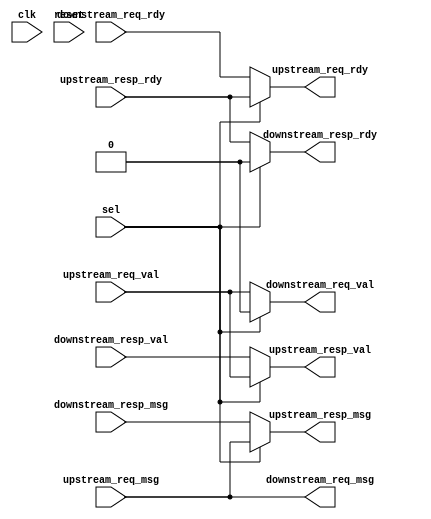
module SPI_v3_components_LoopThroughVRTL (
	clk,
	reset,
	sel,
	upstream_req_val,
	upstream_req_msg,
	upstream_req_rdy,
	upstream_resp_val,
	upstream_resp_msg,
	upstream_resp_rdy,
	downstream_req_val,
	downstream_req_msg,
	downstream_req_rdy,
	downstream_resp_val,
	downstream_resp_msg,
	downstream_resp_rdy
);
	parameter nbits = 32;
	input wire clk;
	input wire reset;
	input wire sel;
	input wire upstream_req_val;
	input wire [nbits - 1:0] upstream_req_msg;
	output wire upstream_req_rdy;
	output wire upstream_resp_val;
	output wire [nbits - 1:0] upstream_resp_msg;
	input wire upstream_resp_rdy;
	output wire downstream_req_val;
	output wire [nbits - 1:0] downstream_req_msg;
	input wire downstream_req_rdy;
	input wire downstream_resp_val;
	input wire [nbits - 1:0] downstream_resp_msg;
	output wire downstream_resp_rdy;
	assign upstream_resp_val = (sel ? upstream_req_val : downstream_resp_val);
	assign upstream_resp_msg = (sel ? upstream_req_msg : downstream_resp_msg);
	assign downstream_req_val = (sel ? 0 : upstream_req_val);
	assign downstream_req_msg = upstream_req_msg;
	assign upstream_req_rdy = (sel ? upstream_resp_rdy : downstream_req_rdy);
	assign downstream_resp_rdy = (sel ? 0 : upstream_resp_rdy);
endmodule
module ShiftReg (
	clk,
	in_,
	load_data,
	load_en,
	out,
	reset,
	shift_en
);
	parameter nbits = 8;
	input wire clk;
	input wire in_;
	input wire [nbits - 1:0] load_data;
	input wire load_en;
	output reg [nbits - 1:0] out;
	input wire reset;
	input wire shift_en;
	always @(posedge clk)
		if (reset)
			out <= {nbits {1'b0}};
		else if (load_en)
			out <= load_data;
		else if (~load_en & shift_en)
			out <= {out[nbits - 2:0], in_};
endmodule
module Synchronizer (
	clk,
	in_,
	negedge_,
	out,
	posedge_,
	reset
);
	parameter reset_value = 1'b0;
	input wire clk;
	input wire in_;
	output reg negedge_;
	output wire out;
	output reg posedge_;
	input wire reset;
	reg [2:0] shreg;
	always @(*) begin
		negedge_ = shreg[2] & ~shreg[1];
		posedge_ = ~shreg[2] & shreg[1];
	end
	always @(posedge clk)
		if (reset)
			shreg <= {3 {reset_value}};
		else
			shreg <= {shreg[1:0], in_};
	assign out = shreg[1];
endmodule
module SPI_v3_components_SPIMinionVRTL (
	clk,
	cs,
	miso,
	mosi,
	reset,
	sclk,
	pull_en,
	pull_msg,
	push_en,
	push_msg,
	parity
);
	parameter nbits = 8;
	input wire clk;
	input wire cs;
	output wire miso;
	input wire mosi;
	input wire reset;
	input wire sclk;
	output wire pull_en;
	input wire [nbits - 1:0] pull_msg;
	output wire push_en;
	output wire [nbits - 1:0] push_msg;
	output wire parity;
	wire cs_sync_clk;
	wire cs_sync_in_;
	wire cs_sync_negedge_;
	wire cs_sync_out;
	wire cs_sync_posedge_;
	wire cs_sync_reset;
	Synchronizer #(.reset_value(1'b1)) cs_sync(
		.clk(cs_sync_clk),
		.in_(cs_sync_in_),
		.negedge_(cs_sync_negedge_),
		.out(cs_sync_out),
		.posedge_(cs_sync_posedge_),
		.reset(cs_sync_reset)
	);
	wire mosi_sync_clk;
	wire mosi_sync_in_;
	wire mosi_sync_negedge_;
	wire mosi_sync_out;
	wire mosi_sync_posedge_;
	wire mosi_sync_reset;
	Synchronizer #(.reset_value(1'b0)) mosi_sync(
		.clk(mosi_sync_clk),
		.in_(mosi_sync_in_),
		.negedge_(mosi_sync_negedge_),
		.out(mosi_sync_out),
		.posedge_(mosi_sync_posedge_),
		.reset(mosi_sync_reset)
	);
	wire sclk_sync_clk;
	wire sclk_sync_in_;
	wire sclk_sync_negedge_;
	wire sclk_sync_out;
	wire sclk_sync_posedge_;
	wire sclk_sync_reset;
	Synchronizer #(.reset_value(1'b0)) sclk_sync(
		.clk(sclk_sync_clk),
		.in_(sclk_sync_in_),
		.negedge_(sclk_sync_negedge_),
		.out(sclk_sync_out),
		.posedge_(sclk_sync_posedge_),
		.reset(sclk_sync_reset)
	);
	wire shreg_in_clk;
	wire shreg_in_in_;
	wire [nbits - 1:0] shreg_in_load_data;
	wire shreg_in_load_en;
	wire [nbits - 1:0] shreg_in_out;
	wire shreg_in_reset;
	reg shreg_in_shift_en;
	ShiftReg #(.nbits(nbits)) shreg_in(
		.clk(shreg_in_clk),
		.in_(shreg_in_in_),
		.load_data(shreg_in_load_data),
		.load_en(shreg_in_load_en),
		.out(shreg_in_out),
		.reset(shreg_in_reset),
		.shift_en(shreg_in_shift_en)
	);
	wire shreg_out_clk;
	wire shreg_out_in_;
	wire [nbits - 1:0] shreg_out_load_data;
	wire shreg_out_load_en;
	wire [nbits - 1:0] shreg_out_out;
	wire shreg_out_reset;
	reg shreg_out_shift_en;
	ShiftReg #(.nbits(nbits)) shreg_out(
		.clk(shreg_out_clk),
		.in_(shreg_out_in_),
		.load_data(shreg_out_load_data),
		.load_en(shreg_out_load_en),
		.out(shreg_out_out),
		.reset(shreg_out_reset),
		.shift_en(shreg_out_shift_en)
	);
	always @(*) begin
		shreg_in_shift_en = ~cs_sync_out & sclk_sync_posedge_;
		shreg_out_shift_en = ~cs_sync_out & sclk_sync_negedge_;
	end
	assign cs_sync_clk = clk;
	assign cs_sync_reset = reset;
	assign cs_sync_in_ = cs;
	assign sclk_sync_clk = clk;
	assign sclk_sync_reset = reset;
	assign sclk_sync_in_ = sclk;
	assign mosi_sync_clk = clk;
	assign mosi_sync_reset = reset;
	assign mosi_sync_in_ = mosi;
	assign shreg_in_clk = clk;
	assign shreg_in_reset = reset;
	assign shreg_in_in_ = mosi_sync_out;
	assign shreg_in_load_en = 1'b0;
	assign shreg_in_load_data = {nbits {1'b0}};
	assign shreg_out_clk = clk;
	assign shreg_out_reset = reset;
	assign shreg_out_in_ = 1'b0;
	assign shreg_out_load_en = pull_en;
	assign shreg_out_load_data = pull_msg;
	assign miso = shreg_out_out[nbits - 1];
	assign pull_en = cs_sync_negedge_;
	assign push_en = cs_sync_posedge_;
	assign push_msg = shreg_in_out;
	assign parity = ^push_msg[nbits - 3:0] & push_en;
endmodule
module vc_Reg (
	clk,
	q,
	d
);
	parameter p_nbits = 1;
	input wire clk;
	output reg [p_nbits - 1:0] q;
	input wire [p_nbits - 1:0] d;
	always @(posedge clk) q <= d;
endmodule
module vc_ResetReg (
	clk,
	reset,
	q,
	d
);
	parameter p_nbits = 1;
	parameter p_reset_value = 0;
	input wire clk;
	input wire reset;
	output reg [p_nbits - 1:0] q;
	input wire [p_nbits - 1:0] d;
	always @(posedge clk) q <= (reset ? p_reset_value : d);
endmodule
module vc_EnReg (
	clk,
	reset,
	q,
	d,
	en
);
	parameter p_nbits = 1;
	input wire clk;
	input wire reset;
	output reg [p_nbits - 1:0] q;
	input wire [p_nbits - 1:0] d;
	input wire en;
	always @(posedge clk)
		if (en)
			q <= d;
endmodule
module vc_EnResetReg (
	clk,
	reset,
	q,
	d,
	en
);
	parameter p_nbits = 1;
	parameter p_reset_value = 0;
	input wire clk;
	input wire reset;
	output reg [p_nbits - 1:0] q;
	input wire [p_nbits - 1:0] d;
	input wire en;
	always @(posedge clk)
		if (reset || en)
			q <= (reset ? p_reset_value : d);
endmodule
module vc_Mux2 (
	in0,
	in1,
	sel,
	out
);
	parameter p_nbits = 1;
	input wire [p_nbits - 1:0] in0;
	input wire [p_nbits - 1:0] in1;
	input wire sel;
	output reg [p_nbits - 1:0] out;
	always @(*)
		case (sel)
			1'd0: out = in0;
			1'd1: out = in1;
			default: out = {p_nbits {1'bx}};
		endcase
endmodule
module vc_Mux3 (
	in0,
	in1,
	in2,
	sel,
	out
);
	parameter p_nbits = 1;
	input wire [p_nbits - 1:0] in0;
	input wire [p_nbits - 1:0] in1;
	input wire [p_nbits - 1:0] in2;
	input wire [1:0] sel;
	output reg [p_nbits - 1:0] out;
	always @(*)
		case (sel)
			2'd0: out = in0;
			2'd1: out = in1;
			2'd2: out = in2;
			default: out = {p_nbits {1'bx}};
		endcase
endmodule
module vc_Mux4 (
	in0,
	in1,
	in2,
	in3,
	sel,
	out
);
	parameter p_nbits = 1;
	input wire [p_nbits - 1:0] in0;
	input wire [p_nbits - 1:0] in1;
	input wire [p_nbits - 1:0] in2;
	input wire [p_nbits - 1:0] in3;
	input wire [1:0] sel;
	output reg [p_nbits - 1:0] out;
	always @(*)
		case (sel)
			2'd0: out = in0;
			2'd1: out = in1;
			2'd2: out = in2;
			2'd3: out = in3;
			default: out = {p_nbits {1'bx}};
		endcase
endmodule
module vc_Mux5 (
	in0,
	in1,
	in2,
	in3,
	in4,
	sel,
	out
);
	parameter p_nbits = 1;
	input wire [p_nbits - 1:0] in0;
	input wire [p_nbits - 1:0] in1;
	input wire [p_nbits - 1:0] in2;
	input wire [p_nbits - 1:0] in3;
	input wire [p_nbits - 1:0] in4;
	input wire [2:0] sel;
	output reg [p_nbits - 1:0] out;
	always @(*)
		case (sel)
			3'd0: out = in0;
			3'd1: out = in1;
			3'd2: out = in2;
			3'd3: out = in3;
			3'd4: out = in4;
			default: out = {p_nbits {1'bx}};
		endcase
endmodule
module vc_Mux6 (
	in0,
	in1,
	in2,
	in3,
	in4,
	in5,
	sel,
	out
);
	parameter p_nbits = 1;
	input wire [p_nbits - 1:0] in0;
	input wire [p_nbits - 1:0] in1;
	input wire [p_nbits - 1:0] in2;
	input wire [p_nbits - 1:0] in3;
	input wire [p_nbits - 1:0] in4;
	input wire [p_nbits - 1:0] in5;
	input wire [2:0] sel;
	output reg [p_nbits - 1:0] out;
	always @(*)
		case (sel)
			3'd0: out = in0;
			3'd1: out = in1;
			3'd2: out = in2;
			3'd3: out = in3;
			3'd4: out = in4;
			3'd5: out = in5;
			default: out = {p_nbits {1'bx}};
		endcase
endmodule
module vc_Mux7 (
	in0,
	in1,
	in2,
	in3,
	in4,
	in5,
	in6,
	sel,
	out
);
	parameter p_nbits = 1;
	input wire [p_nbits - 1:0] in0;
	input wire [p_nbits - 1:0] in1;
	input wire [p_nbits - 1:0] in2;
	input wire [p_nbits - 1:0] in3;
	input wire [p_nbits - 1:0] in4;
	input wire [p_nbits - 1:0] in5;
	input wire [p_nbits - 1:0] in6;
	input wire [2:0] sel;
	output reg [p_nbits - 1:0] out;
	always @(*)
		case (sel)
			3'd0: out = in0;
			3'd1: out = in1;
			3'd2: out = in2;
			3'd3: out = in3;
			3'd4: out = in4;
			3'd5: out = in5;
			3'd6: out = in6;
			default: out = {p_nbits {1'bx}};
		endcase
endmodule
module vc_Mux8 (
	in0,
	in1,
	in2,
	in3,
	in4,
	in5,
	in6,
	in7,
	sel,
	out
);
	parameter p_nbits = 1;
	input wire [p_nbits - 1:0] in0;
	input wire [p_nbits - 1:0] in1;
	input wire [p_nbits - 1:0] in2;
	input wire [p_nbits - 1:0] in3;
	input wire [p_nbits - 1:0] in4;
	input wire [p_nbits - 1:0] in5;
	input wire [p_nbits - 1:0] in6;
	input wire [p_nbits - 1:0] in7;
	input wire [2:0] sel;
	output reg [p_nbits - 1:0] out;
	always @(*)
		case (sel)
			3'd0: out = in0;
			3'd1: out = in1;
			3'd2: out = in2;
			3'd3: out = in3;
			3'd4: out = in4;
			3'd5: out = in5;
			3'd6: out = in6;
			3'd7: out = in7;
			default: out = {p_nbits {1'bx}};
		endcase
endmodule
module vc_MuxN (
	in,
	sel,
	out
);
	parameter p_nbits = 1;
	parameter p_ninputs = 2;
	input wire [(p_ninputs * p_nbits) - 1:0] in;
	input wire [$clog2(p_ninputs) - 1:0] sel;
	output wire [p_nbits - 1:0] out;
	assign out = in[sel * p_nbits+:p_nbits];
endmodule
module vc_Regfile_1r1w (
	clk,
	reset,
	read_addr,
	read_data,
	write_en,
	write_addr,
	write_data
);
	parameter p_data_nbits = 1;
	parameter p_num_entries = 2;
	parameter c_addr_nbits = $clog2(p_num_entries);
	input wire clk;
	input wire reset;
	input wire [c_addr_nbits - 1:0] read_addr;
	output wire [p_data_nbits - 1:0] read_data;
	input wire write_en;
	input wire [c_addr_nbits - 1:0] write_addr;
	input wire [p_data_nbits - 1:0] write_data;
	reg [p_data_nbits - 1:0] rfile [p_num_entries - 1:0];
	assign read_data = rfile[read_addr];
	always @(posedge clk)
		if (write_en)
			rfile[write_addr] <= write_data;
endmodule
module vc_ResetRegfile_1r1w (
	clk,
	reset,
	read_addr,
	read_data,
	write_en,
	write_addr,
	write_data
);
	parameter p_data_nbits = 1;
	parameter p_num_entries = 2;
	parameter p_reset_value = 0;
	parameter c_addr_nbits = $clog2(p_num_entries);
	input wire clk;
	input wire reset;
	input wire [c_addr_nbits - 1:0] read_addr;
	output wire [p_data_nbits - 1:0] read_data;
	input wire write_en;
	input wire [c_addr_nbits - 1:0] write_addr;
	input wire [p_data_nbits - 1:0] write_data;
	reg [p_data_nbits - 1:0] rfile [p_num_entries - 1:0];
	assign read_data = rfile[read_addr];
	genvar i;
	generate
		for (i = 0; i < p_num_entries; i = i + 1) begin : wport
			always @(posedge clk)
				if (reset)
					rfile[i] <= p_reset_value;
				else if (write_en && (i[c_addr_nbits - 1:0] == write_addr))
					rfile[i] <= write_data;
		end
	endgenerate
endmodule
module vc_Regfile_2r1w (
	clk,
	reset,
	read_addr0,
	read_data0,
	read_addr1,
	read_data1,
	write_en,
	write_addr,
	write_data
);
	parameter p_data_nbits = 1;
	parameter p_num_entries = 2;
	parameter c_addr_nbits = $clog2(p_num_entries);
	input wire clk;
	input wire reset;
	input wire [c_addr_nbits - 1:0] read_addr0;
	output wire [p_data_nbits - 1:0] read_data0;
	input wire [c_addr_nbits - 1:0] read_addr1;
	output wire [p_data_nbits - 1:0] read_data1;
	input wire write_en;
	input wire [c_addr_nbits - 1:0] write_addr;
	input wire [p_data_nbits - 1:0] write_data;
	reg [p_data_nbits - 1:0] rfile [p_num_entries - 1:0];
	assign read_data0 = rfile[read_addr0];
	assign read_data1 = rfile[read_addr1];
	always @(posedge clk)
		if (write_en)
			rfile[write_addr] <= write_data;
endmodule
module vc_Regfile_2r2w (
	clk,
	reset,
	read_addr0,
	read_data0,
	read_addr1,
	read_data1,
	write_en0,
	write_addr0,
	write_data0,
	write_en1,
	write_addr1,
	write_data1
);
	parameter p_data_nbits = 1;
	parameter p_num_entries = 2;
	parameter c_addr_nbits = $clog2(p_num_entries);
	input wire clk;
	input wire reset;
	input wire [c_addr_nbits - 1:0] read_addr0;
	output wire [p_data_nbits - 1:0] read_data0;
	input wire [c_addr_nbits - 1:0] read_addr1;
	output wire [p_data_nbits - 1:0] read_data1;
	input wire write_en0;
	input wire [c_addr_nbits - 1:0] write_addr0;
	input wire [p_data_nbits - 1:0] write_data0;
	input wire write_en1;
	input wire [c_addr_nbits - 1:0] write_addr1;
	input wire [p_data_nbits - 1:0] write_data1;
	reg [p_data_nbits - 1:0] rfile [p_num_entries - 1:0];
	assign read_data0 = rfile[read_addr0];
	assign read_data1 = rfile[read_addr1];
	always @(posedge clk) begin
		if (write_en0)
			rfile[write_addr0] <= write_data0;
		if (write_en1)
			rfile[write_addr1] <= write_data1;
	end
endmodule
module vc_Regfile_2r1w_zero (
	clk,
	reset,
	rd_addr0,
	rd_data0,
	rd_addr1,
	rd_data1,
	wr_en,
	wr_addr,
	wr_data
);
	input wire clk;
	input wire reset;
	input wire [4:0] rd_addr0;
	output wire [31:0] rd_data0;
	input wire [4:0] rd_addr1;
	output wire [31:0] rd_data1;
	input wire wr_en;
	input wire [4:0] wr_addr;
	input wire [31:0] wr_data;
	wire [31:0] rf_read_data0;
	wire [31:0] rf_read_data1;
	vc_Regfile_2r1w #(
		.p_data_nbits(32),
		.p_num_entries(32)
	) rfile(
		.clk(clk),
		.reset(reset),
		.read_addr0(rd_addr0),
		.read_data0(rf_read_data0),
		.read_addr1(rd_addr1),
		.read_data1(rf_read_data1),
		.write_en(wr_en),
		.write_addr(wr_addr),
		.write_data(wr_data)
	);
	assign rd_data0 = (rd_addr0 == 5'd0 ? 32'd0 : rf_read_data0);
	assign rd_data1 = (rd_addr1 == 5'd0 ? 32'd0 : rf_read_data1);
endmodule
module vc_Trace (
	clk,
	reset
);
	input wire clk;
	input wire reset;
	integer len0;
	integer len1;
	integer idx0;
	integer idx1;
	localparam nchars = 512;
	localparam nbits = 4096;
	wire [4095:0] storage;
	integer cycles_next = 0;
	integer cycles = 0;
	reg [3:0] level;
	initial if (!$value$plusargs("trace=%d", level))
		level = 0;
	always @(posedge clk) cycles <= (reset ? 0 : cycles_next);
	task append_str;
		output reg [4095:0] trace;
		input reg [4095:0] str;
		begin
			len0 = 1;
			while (str[len0 * 8+:8] != 0) len0 = len0 + 1;
			idx0 = trace[31:0];
			for (idx1 = len0 - 1; idx1 >= 0; idx1 = idx1 - 1)
				begin
					trace[idx0 * 8+:8] = str[idx1 * 8+:8];
					idx0 = idx0 - 1;
				end
			trace[31:0] = idx0;
		end
	endtask
	task append_str_ljust;
		output reg [4095:0] trace;
		input reg [4095:0] str;
		begin
			idx0 = trace[31:0];
			idx1 = nchars;
			while (str[(idx1 * 8) - 1-:8] != 0) begin
				trace[idx0 * 8+:8] = str[(idx1 * 8) - 1-:8];
				idx0 = idx0 - 1;
				idx1 = idx1 - 1;
			end
			trace[31:0] = idx0;
		end
	endtask
	task append_chars;
		output reg [4095:0] trace;
		input reg [7:0] char;
		input integer num;
		begin
			idx0 = trace[31:0];
			for (idx1 = 0; idx1 < num; idx1 = idx1 + 1)
				begin
					trace[idx0 * 8+:8] = char;
					idx0 = idx0 - 1;
				end
			trace[31:0] = idx0;
		end
	endtask
	task append_val_str;
		output reg [4095:0] trace;
		input reg val;
		input reg [4095:0] str;
		begin
			len1 = 0;
			while (str[len1 * 8+:8] != 0) len1 = len1 + 1;
			if (val)
				append_str(trace, str);
			else if (!val)
				append_chars(trace, " ", len1);
			else begin
				append_str(trace, "x");
				append_chars(trace, " ", len1 - 1);
			end
		end
	endtask
	task append_val_rdy_str;
		output reg [4095:0] trace;
		input reg val;
		input reg rdy;
		input reg [4095:0] str;
		begin
			len1 = 0;
			while (str[len1 * 8+:8] != 0) len1 = len1 + 1;
			if (val & rdy)
				append_str(trace, str);
			else if (rdy && !val)
				append_chars(trace, " ", len1);
			else if (!rdy && !val) begin
				append_str(trace, ".");
				append_chars(trace, " ", len1 - 1);
			end
			else if (!rdy && val) begin
				append_str(trace, "#");
				append_chars(trace, " ", len1 - 1);
			end
			else begin
				append_str(trace, "x");
				append_chars(trace, " ", len1 - 1);
			end
		end
	endtask
endmodule
module vc_QueueCtrl1 (
	clk,
	reset,
	recv_val,
	recv_rdy,
	send_val,
	send_rdy,
	write_en,
	bypass_mux_sel,
	num_free_entries
);
	parameter p_type = 4'b0000;
	input wire clk;
	input wire reset;
	input wire recv_val;
	output wire recv_rdy;
	output wire send_val;
	input wire send_rdy;
	output wire write_en;
	output wire bypass_mux_sel;
	output wire num_free_entries;
	reg full;
	wire full_next;
	always @(posedge clk) full <= (reset ? 1'b0 : full_next);
	assign num_free_entries = (full ? 1'b0 : 1'b1);
	localparam c_pipe_en = |(p_type & 4'b0001);
	localparam c_bypass_en = |(p_type & 4'b0010);
	wire do_enq;
	assign do_enq = recv_rdy && recv_val;
	wire do_deq;
	assign do_deq = send_rdy && send_val;
	wire empty;
	assign empty = ~full;
	wire do_pipe;
	assign do_pipe = ((c_pipe_en && full) && do_enq) && do_deq;
	wire do_bypass;
	assign do_bypass = ((c_bypass_en && empty) && do_enq) && do_deq;
	assign write_en = do_enq && ~do_bypass;
	assign bypass_mux_sel = empty;
	assign recv_rdy = ~full || ((c_pipe_en && full) && send_rdy);
	assign send_val = ~empty || ((c_bypass_en && empty) && recv_val);
	assign full_next = (do_deq && ~do_pipe ? 1'b0 : (do_enq && ~do_bypass ? 1'b1 : full));
endmodule
module vc_QueueDpath1 (
	clk,
	reset,
	write_en,
	bypass_mux_sel,
	recv_msg,
	send_msg
);
	parameter p_type = 4'b0000;
	parameter p_msg_nbits = 1;
	input wire clk;
	input wire reset;
	input wire write_en;
	input wire bypass_mux_sel;
	input wire [p_msg_nbits - 1:0] recv_msg;
	output wire [p_msg_nbits - 1:0] send_msg;
	wire [p_msg_nbits - 1:0] qstore;
	vc_EnReg #(.p_nbits(p_msg_nbits)) qstore_reg(
		.clk(clk),
		.reset(reset),
		.en(write_en),
		.d(recv_msg),
		.q(qstore)
	);
	generate
		if (|(p_type & 4'b0010)) begin : genblk1
			vc_Mux2 #(.p_nbits(p_msg_nbits)) bypass_mux(
				.in0(qstore),
				.in1(recv_msg),
				.sel(bypass_mux_sel),
				.out(send_msg)
			);
		end
		else begin : genblk1
			assign send_msg = qstore;
		end
	endgenerate
endmodule
module vc_QueueCtrl (
	clk,
	reset,
	recv_val,
	recv_rdy,
	send_val,
	send_rdy,
	write_en,
	write_addr,
	read_addr,
	bypass_mux_sel,
	num_free_entries
);
	parameter p_type = 4'b0000;
	parameter p_num_msgs = 2;
	parameter c_addr_nbits = $clog2(p_num_msgs);
	input wire clk;
	input wire reset;
	input wire recv_val;
	output wire recv_rdy;
	output wire send_val;
	input wire send_rdy;
	output wire write_en;
	output wire [c_addr_nbits - 1:0] write_addr;
	output wire [c_addr_nbits - 1:0] read_addr;
	output wire bypass_mux_sel;
	output wire [c_addr_nbits:0] num_free_entries;
	wire [c_addr_nbits - 1:0] enq_ptr;
	wire [c_addr_nbits - 1:0] enq_ptr_next;
	vc_ResetReg #(.p_nbits(c_addr_nbits)) enq_ptr_reg(
		.clk(clk),
		.reset(reset),
		.d(enq_ptr_next),
		.q(enq_ptr)
	);
	wire [c_addr_nbits - 1:0] deq_ptr;
	wire [c_addr_nbits - 1:0] deq_ptr_next;
	vc_ResetReg #(.p_nbits(c_addr_nbits)) deq_ptr_reg(
		.clk(clk),
		.reset(reset),
		.d(deq_ptr_next),
		.q(deq_ptr)
	);
	assign write_addr = enq_ptr;
	assign read_addr = deq_ptr;
	wire full;
	wire full_next;
	vc_ResetReg #(.p_nbits(1)) full_reg(
		.clk(clk),
		.reset(reset),
		.d(full_next),
		.q(full)
	);
	localparam c_pipe_en = |(p_type & 4'b0001);
	localparam c_bypass_en = |(p_type & 4'b0010);
	wire do_enq;
	assign do_enq = recv_rdy && recv_val;
	wire do_deq;
	assign do_deq = send_rdy && send_val;
	wire empty;
	assign empty = ~full && (enq_ptr == deq_ptr);
	wire do_pipe;
	assign do_pipe = ((c_pipe_en && full) && do_enq) && do_deq;
	wire do_bypass;
	assign do_bypass = ((c_bypass_en && empty) && do_enq) && do_deq;
	assign write_en = do_enq && ~do_bypass;
	assign bypass_mux_sel = empty;
	assign recv_rdy = ~full || ((c_pipe_en && full) && send_rdy);
	assign send_val = ~empty || ((c_bypass_en && empty) && recv_val);
	wire [c_addr_nbits - 1:0] deq_ptr_plus1;
	assign deq_ptr_plus1 = deq_ptr + 1'b1;
	wire [c_addr_nbits - 1:0] deq_ptr_inc;
	assign deq_ptr_inc = (deq_ptr_plus1 == p_num_msgs ? {c_addr_nbits {1'b0}} : deq_ptr_plus1);
	wire [c_addr_nbits - 1:0] enq_ptr_plus1;
	assign enq_ptr_plus1 = enq_ptr + 1'b1;
	wire [c_addr_nbits - 1:0] enq_ptr_inc;
	assign enq_ptr_inc = (enq_ptr_plus1 == p_num_msgs ? {c_addr_nbits {1'b0}} : enq_ptr_plus1);
	assign deq_ptr_next = (do_deq && ~do_bypass ? deq_ptr_inc : deq_ptr);
	assign enq_ptr_next = (do_enq && ~do_bypass ? enq_ptr_inc : enq_ptr);
	assign full_next = ((do_enq && ~do_deq) && (enq_ptr_inc == deq_ptr) ? 1'b1 : ((do_deq && full) && ~do_pipe ? 1'b0 : full));
	assign num_free_entries = (full ? {c_addr_nbits + 1 {1'b0}} : (empty ? p_num_msgs[c_addr_nbits:0] : (enq_ptr > deq_ptr ? p_num_msgs[c_addr_nbits:0] - (enq_ptr - deq_ptr) : (deq_ptr > enq_ptr ? deq_ptr - enq_ptr : {c_addr_nbits + 1 {1'bx}}))));
endmodule
module vc_QueueDpath (
	clk,
	reset,
	write_en,
	bypass_mux_sel,
	write_addr,
	read_addr,
	recv_msg,
	send_msg
);
	parameter p_type = 4'b0000;
	parameter p_msg_nbits = 4;
	parameter p_num_msgs = 2;
	parameter c_addr_nbits = $clog2(p_num_msgs);
	input wire clk;
	input wire reset;
	input wire write_en;
	input wire bypass_mux_sel;
	input wire [c_addr_nbits - 1:0] write_addr;
	input wire [c_addr_nbits - 1:0] read_addr;
	input wire [p_msg_nbits - 1:0] recv_msg;
	output wire [p_msg_nbits - 1:0] send_msg;
	wire [p_msg_nbits - 1:0] read_data;
	vc_Regfile_1r1w #(
		.p_data_nbits(p_msg_nbits),
		.p_num_entries(p_num_msgs)
	) qstore(
		.clk(clk),
		.reset(reset),
		.read_addr(read_addr),
		.read_data(read_data),
		.write_en(write_en),
		.write_addr(write_addr),
		.write_data(recv_msg)
	);
	generate
		if (|(p_type & 4'b0010)) begin : genblk1
			vc_Mux2 #(.p_nbits(p_msg_nbits)) bypass_mux(
				.in0(read_data),
				.in1(recv_msg),
				.sel(bypass_mux_sel),
				.out(send_msg)
			);
		end
		else begin : genblk1
			assign send_msg = read_data;
		end
	endgenerate
endmodule
module vc_Queue (
	clk,
	reset,
	recv_val,
	recv_rdy,
	recv_msg,
	send_val,
	send_rdy,
	send_msg,
	num_free_entries
);
	parameter p_type = 4'b0000;
	parameter p_msg_nbits = 1;
	parameter p_num_msgs = 2;
	parameter c_addr_nbits = $clog2(p_num_msgs);
	input wire clk;
	input wire reset;
	input wire recv_val;
	output wire recv_rdy;
	input wire [p_msg_nbits - 1:0] recv_msg;
	output wire send_val;
	input wire send_rdy;
	output wire [p_msg_nbits - 1:0] send_msg;
	output wire [c_addr_nbits:0] num_free_entries;
	generate
		if (p_num_msgs == 1) begin : genblk1
			wire write_en;
			wire bypass_mux_sel;
			vc_QueueCtrl1 #(.p_type(p_type)) ctrl(
				.clk(clk),
				.reset(reset),
				.recv_val(recv_val),
				.recv_rdy(recv_rdy),
				.send_val(send_val),
				.send_rdy(send_rdy),
				.write_en(write_en),
				.bypass_mux_sel(bypass_mux_sel),
				.num_free_entries(num_free_entries)
			);
			vc_QueueDpath1 #(
				.p_type(p_type),
				.p_msg_nbits(p_msg_nbits)
			) dpath(
				.clk(clk),
				.reset(reset),
				.write_en(write_en),
				.bypass_mux_sel(bypass_mux_sel),
				.recv_msg(recv_msg),
				.send_msg(send_msg)
			);
		end
		else begin : genblk1
			wire write_en;
			wire bypass_mux_sel;
			wire [c_addr_nbits - 1:0] write_addr;
			wire [c_addr_nbits - 1:0] read_addr;
			vc_QueueCtrl #(
				.p_type(p_type),
				.p_num_msgs(p_num_msgs)
			) ctrl(
				.clk(clk),
				.reset(reset),
				.recv_val(recv_val),
				.recv_rdy(recv_rdy),
				.send_val(send_val),
				.send_rdy(send_rdy),
				.write_en(write_en),
				.write_addr(write_addr),
				.read_addr(read_addr),
				.bypass_mux_sel(bypass_mux_sel),
				.num_free_entries(num_free_entries)
			);
			vc_QueueDpath #(
				.p_type(p_type),
				.p_msg_nbits(p_msg_nbits),
				.p_num_msgs(p_num_msgs)
			) dpath(
				.clk(clk),
				.reset(reset),
				.write_en(write_en),
				.bypass_mux_sel(bypass_mux_sel),
				.write_addr(write_addr),
				.read_addr(read_addr),
				.recv_msg(recv_msg),
				.send_msg(send_msg)
			);
		end
	endgenerate
endmodule
module SPI_v3_components_SPIMinionAdapterVRTL (
	clk,
	reset,
	pull_en,
	pull_msg_val,
	pull_msg_spc,
	pull_msg_data,
	push_en,
	push_msg_val_wrt,
	push_msg_val_rd,
	push_msg_data,
	recv_msg,
	recv_rdy,
	recv_val,
	send_msg,
	send_rdy,
	send_val,
	parity
);
	parameter nbits = 8;
	parameter num_entries = 1;
	input wire clk;
	input wire reset;
	input wire pull_en;
	output reg pull_msg_val;
	output reg pull_msg_spc;
	output reg [nbits - 3:0] pull_msg_data;
	input wire push_en;
	input wire push_msg_val_wrt;
	input wire push_msg_val_rd;
	input wire [nbits - 3:0] push_msg_data;
	input wire [nbits - 3:0] recv_msg;
	output wire recv_rdy;
	input wire recv_val;
	output wire [nbits - 3:0] send_msg;
	input wire send_rdy;
	output wire send_val;
	output wire parity;
	reg open_entries;
	wire [$clog2(num_entries):0] cm_q_num_free;
	wire [nbits - 3:0] cm_q_send_msg;
	reg cm_q_send_rdy;
	wire cm_q_send_val;
	vc_Queue #(
		.p_type(4'b0000),
		.p_msg_nbits(nbits - 2),
		.p_num_msgs(num_entries)
	) cm_q(
		.clk(clk),
		.num_free_entries(cm_q_num_free),
		.reset(reset),
		.recv_msg(recv_msg),
		.recv_rdy(recv_rdy),
		.recv_val(recv_val),
		.send_msg(cm_q_send_msg),
		.send_rdy(cm_q_send_rdy),
		.send_val(cm_q_send_val)
	);
	wire [$clog2(num_entries):0] mc_q_num_free;
	wire mc_q_recv_rdy;
	reg mc_q_recv_val;
	vc_Queue #(
		.p_type(4'b0000),
		.p_msg_nbits(nbits - 2),
		.p_num_msgs(num_entries)
	) mc_q(
		.clk(clk),
		.num_free_entries(mc_q_num_free),
		.reset(reset),
		.recv_msg(push_msg_data),
		.recv_rdy(mc_q_recv_rdy),
		.recv_val(mc_q_recv_val),
		.send_msg(send_msg),
		.send_rdy(send_rdy),
		.send_val(send_val)
	);
	assign parity = ^send_msg & send_val;
	always @(*) begin : comb_block
		open_entries = mc_q_num_free > 1;
		mc_q_recv_val = push_msg_val_wrt & push_en;
		pull_msg_spc = mc_q_recv_rdy & (~mc_q_recv_val | open_entries);
		cm_q_send_rdy = push_msg_val_rd & pull_en;
		pull_msg_val = cm_q_send_rdy & cm_q_send_val;
		pull_msg_data = cm_q_send_msg & {nbits - 2 {pull_msg_val}};
	end
endmodule
module SPI_v3_components_SPIMinionAdapterCompositeVRTL (
	clk,
	cs,
	miso,
	mosi,
	reset,
	sclk,
	recv_msg,
	recv_rdy,
	recv_val,
	send_msg,
	send_rdy,
	send_val,
	minion_parity,
	adapter_parity
);
	parameter nbits = 8;
	parameter num_entries = 1;
	input wire clk;
	input wire cs;
	output wire miso;
	input wire mosi;
	input wire reset;
	input wire sclk;
	input wire [nbits - 3:0] recv_msg;
	output wire recv_rdy;
	input wire recv_val;
	output wire [nbits - 3:0] send_msg;
	input wire send_rdy;
	output wire send_val;
	output wire minion_parity;
	output wire adapter_parity;
	wire pull_en;
	wire pull_msg_val;
	wire pull_msg_spc;
	wire [nbits - 3:0] pull_msg_data;
	wire push_en;
	wire push_msg_val_wrt;
	wire push_msg_val_rd;
	wire [nbits - 3:0] push_msg_data;
	wire [nbits - 1:0] pull_msg;
	wire [nbits - 1:0] push_msg;
	SPI_v3_components_SPIMinionAdapterVRTL #(
		.nbits(nbits),
		.num_entries(num_entries)
	) adapter(
		.clk(clk),
		.reset(reset),
		.pull_en(pull_en),
		.pull_msg_val(pull_msg_val),
		.pull_msg_spc(pull_msg_spc),
		.pull_msg_data(pull_msg_data),
		.push_en(push_en),
		.push_msg_val_wrt(push_msg_val_wrt),
		.push_msg_val_rd(push_msg_val_rd),
		.push_msg_data(push_msg_data),
		.recv_msg(recv_msg),
		.recv_rdy(recv_rdy),
		.recv_val(recv_val),
		.send_msg(send_msg),
		.send_rdy(send_rdy),
		.send_val(send_val),
		.parity(adapter_parity)
	);
	SPI_v3_components_SPIMinionVRTL #(.nbits(nbits)) minion(
		.clk(clk),
		.cs(cs),
		.miso(miso),
		.mosi(mosi),
		.reset(reset),
		.sclk(sclk),
		.pull_en(pull_en),
		.pull_msg(pull_msg),
		.push_en(push_en),
		.push_msg(push_msg),
		.parity(minion_parity)
	);
	assign pull_msg[nbits - 1] = pull_msg_val;
	assign pull_msg[nbits - 2] = pull_msg_spc;
	assign pull_msg[nbits - 3:0] = pull_msg_data;
	assign push_msg_val_wrt = push_msg[nbits - 1];
	assign push_msg_val_rd = push_msg[nbits - 2];
	assign push_msg_data = push_msg[nbits - 3:0];
endmodule
module SPI_v3_components_SPIstackVRTL (
	clk,
	reset,
	loopthrough_sel,
	minion_parity,
	adapter_parity,
	sclk,
	cs,
	mosi,
	miso,
	send_val,
	send_msg,
	send_rdy,
	recv_val,
	recv_msg,
	recv_rdy
);
	parameter nbits = 34;
	parameter num_entries = 1;
	input wire clk;
	input wire reset;
	input wire loopthrough_sel;
	output wire minion_parity;
	output wire adapter_parity;
	input wire sclk;
	input wire cs;
	input wire mosi;
	output wire miso;
	output wire send_val;
	output wire [nbits - 3:0] send_msg;
	input wire send_rdy;
	input wire recv_val;
	input wire [nbits - 3:0] recv_msg;
	output wire recv_rdy;
	wire minion_out_val;
	wire [nbits - 3:0] minion_out_msg;
	wire minion_out_rdy;
	wire minion_in_val;
	wire [nbits - 3:0] minion_in_msg;
	wire minion_in_rdy;
	SPI_v3_components_SPIMinionAdapterCompositeVRTL #(
		.nbits(nbits),
		.num_entries(num_entries)
	) minion(
		.clk(clk),
		.reset(reset),
		.cs(cs),
		.miso(miso),
		.mosi(mosi),
		.sclk(sclk),
		.minion_parity(minion_parity),
		.adapter_parity(adapter_parity),
		.recv_val(minion_in_val),
		.recv_msg(minion_in_msg),
		.recv_rdy(minion_in_rdy),
		.send_val(minion_out_val),
		.send_msg(minion_out_msg),
		.send_rdy(minion_out_rdy)
	);
	SPI_v3_components_LoopThroughVRTL #(.nbits(nbits - 2)) loopthrough(
		.clk(clk),
		.reset(reset),
		.sel(loopthrough_sel),
		.upstream_req_val(minion_out_val),
		.upstream_req_msg(minion_out_msg),
		.upstream_req_rdy(minion_out_rdy),
		.upstream_resp_val(minion_in_val),
		.upstream_resp_msg(minion_in_msg),
		.upstream_resp_rdy(minion_in_rdy),
		.downstream_req_val(send_val),
		.downstream_req_msg(send_msg),
		.downstream_req_rdy(send_rdy),
		.downstream_resp_val(recv_val),
		.downstream_resp_msg(recv_msg),
		.downstream_resp_rdy(recv_rdy)
	);
endmodule
module tapeout_BlockPlaceholderVRTL (
	send_val,
	send_msg,
	send_rdy,
	recv_val,
	recv_msg,
	recv_rdy
);
	parameter nbits = 32;
	output wire send_val;
	output wire [nbits - 1:0] send_msg;
	input wire send_rdy;
	input wire recv_val;
	input wire [nbits - 1:0] recv_msg;
	output wire recv_rdy;
	assign send_val = recv_val;
	assign send_msg = recv_msg;
	assign recv_rdy = send_rdy;
endmodule
module vc_Adder (
	in0,
	in1,
	cin,
	out,
	cout
);
	parameter p_nbits = 1;
	input wire [p_nbits - 1:0] in0;
	input wire [p_nbits - 1:0] in1;
	input wire cin;
	output wire [p_nbits - 1:0] out;
	output wire cout;
	assign {cout, out} = (in0 + in1) + {{p_nbits - 1 {1'b0}}, cin};
endmodule
module vc_SimpleAdder (
	in0,
	in1,
	out
);
	parameter p_nbits = 1;
	input wire [p_nbits - 1:0] in0;
	input wire [p_nbits - 1:0] in1;
	output wire [p_nbits - 1:0] out;
	assign out = in0 + in1;
endmodule
module vc_Subtractor (
	in0,
	in1,
	out
);
	parameter p_nbits = 1;
	input wire [p_nbits - 1:0] in0;
	input wire [p_nbits - 1:0] in1;
	output wire [p_nbits - 1:0] out;
	assign out = in0 - in1;
endmodule
module vc_Incrementer (
	in,
	out
);
	parameter p_nbits = 1;
	parameter p_inc_value = 1;
	input wire [p_nbits - 1:0] in;
	output wire [p_nbits - 1:0] out;
	assign out = in + p_inc_value;
endmodule
module vc_ZeroExtender (
	in,
	out
);
	parameter p_in_nbits = 1;
	parameter p_out_nbits = 8;
	input wire [p_in_nbits - 1:0] in;
	output wire [p_out_nbits - 1:0] out;
	assign out = {{p_out_nbits - p_in_nbits {1'b0}}, in};
endmodule
module vc_SignExtender (
	in,
	out
);
	parameter p_in_nbits = 1;
	parameter p_out_nbits = 8;
	input wire [p_in_nbits - 1:0] in;
	output wire [p_out_nbits - 1:0] out;
	assign out = {{p_out_nbits - p_in_nbits {in[p_in_nbits - 1]}}, in};
endmodule
module vc_ZeroComparator (
	in,
	out
);
	parameter p_nbits = 1;
	input wire [p_nbits - 1:0] in;
	output wire out;
	assign out = in == {p_nbits {1'b0}};
endmodule
module vc_EqComparator (
	in0,
	in1,
	out
);
	parameter p_nbits = 1;
	input wire [p_nbits - 1:0] in0;
	input wire [p_nbits - 1:0] in1;
	output wire out;
	assign out = in0 == in1;
endmodule
module vc_LtComparator (
	in0,
	in1,
	out
);
	parameter p_nbits = 1;
	input wire [p_nbits - 1:0] in0;
	input wire [p_nbits - 1:0] in1;
	output wire out;
	assign out = in0 < in1;
endmodule
module vc_GtComparator (
	in0,
	in1,
	out
);
	parameter p_nbits = 1;
	input wire [p_nbits - 1:0] in0;
	input wire [p_nbits - 1:0] in1;
	output wire out;
	assign out = in0 > in1;
endmodule
module vc_LeftLogicalShifter (
	in,
	shamt,
	out
);
	parameter p_nbits = 1;
	parameter p_shamt_nbits = 1;
	input wire [p_nbits - 1:0] in;
	input wire [p_shamt_nbits - 1:0] shamt;
	output wire [p_nbits - 1:0] out;
	assign out = in << shamt;
endmodule
module vc_RightLogicalShifter (
	in,
	shamt,
	out
);
	parameter p_nbits = 1;
	parameter p_shamt_nbits = 1;
	input wire [p_nbits - 1:0] in;
	input wire [p_shamt_nbits - 1:0] shamt;
	output wire [p_nbits - 1:0] out;
	assign out = in >> shamt;
endmodule
module tut4_verilog_gcd_GcdUnitDpath (
	clk,
	reset,
	recv_msg,
	send_msg,
	a_reg_en,
	b_reg_en,
	a_mux_sel,
	b_mux_sel,
	is_b_zero,
	is_a_lt_b
);
	input wire clk;
	input wire reset;
	input wire [31:0] recv_msg;
	output wire [15:0] send_msg;
	input wire a_reg_en;
	input wire b_reg_en;
	input wire [1:0] a_mux_sel;
	input wire b_mux_sel;
	output wire is_b_zero;
	output wire is_a_lt_b;
	localparam c_nbits = 16;
	wire [15:0] recv_msg_a;
	assign recv_msg_a = recv_msg[31:16];
	wire [15:0] recv_msg_b;
	assign recv_msg_b = recv_msg[15:0];
	wire [15:0] b_reg_out;
	wire [15:0] sub_out;
	wire [15:0] a_mux_out;
	vc_Mux3 #(.p_nbits(c_nbits)) a_mux(
		.sel(a_mux_sel),
		.in0(recv_msg_a),
		.in1(b_reg_out),
		.in2(sub_out),
		.out(a_mux_out)
	);
	wire [15:0] a_reg_out;
	vc_EnReg #(.p_nbits(c_nbits)) a_reg(
		.clk(clk),
		.reset(reset),
		.en(a_reg_en),
		.d(a_mux_out),
		.q(a_reg_out)
	);
	wire [15:0] b_mux_out;
	vc_Mux2 #(.p_nbits(c_nbits)) b_mux(
		.sel(b_mux_sel),
		.in0(recv_msg_b),
		.in1(a_reg_out),
		.out(b_mux_out)
	);
	vc_EnReg #(.p_nbits(c_nbits)) b_reg(
		.clk(clk),
		.reset(reset),
		.en(b_reg_en),
		.d(b_mux_out),
		.q(b_reg_out)
	);
	vc_LtComparator #(.p_nbits(c_nbits)) a_lt_b(
		.in0(a_reg_out),
		.in1(b_reg_out),
		.out(is_a_lt_b)
	);
	vc_ZeroComparator #(.p_nbits(c_nbits)) b_zero(
		.in(b_reg_out),
		.out(is_b_zero)
	);
	vc_Subtractor #(.p_nbits(c_nbits)) sub(
		.in0(a_reg_out),
		.in1(b_reg_out),
		.out(sub_out)
	);
	assign send_msg = sub_out;
endmodule
module tut4_verilog_gcd_GcdUnitCtrl (
	clk,
	reset,
	recv_val,
	recv_rdy,
	send_val,
	send_rdy,
	a_reg_en,
	b_reg_en,
	a_mux_sel,
	b_mux_sel,
	is_b_zero,
	is_a_lt_b
);
	input wire clk;
	input wire reset;
	input wire recv_val;
	output reg recv_rdy;
	output reg send_val;
	input wire send_rdy;
	output reg a_reg_en;
	output reg b_reg_en;
	output reg [1:0] a_mux_sel;
	output reg b_mux_sel;
	input wire is_b_zero;
	input wire is_a_lt_b;
	localparam STATE_IDLE = 2'd0;
	localparam STATE_CALC = 2'd1;
	localparam STATE_DONE = 2'd2;
	reg [1:0] state_reg;
	reg [1:0] state_next;
	always @(posedge clk)
		if (reset)
			state_reg <= STATE_IDLE;
		else
			state_reg <= state_next;
	wire req_go;
	wire resp_go;
	wire is_calc_done;
	assign req_go = recv_val && recv_rdy;
	assign resp_go = send_val && send_rdy;
	assign is_calc_done = !is_a_lt_b && is_b_zero;
	always @(*) begin
		state_next = state_reg;
		case (state_reg)
			STATE_IDLE:
				if (req_go)
					state_next = STATE_CALC;
			STATE_CALC:
				if (is_calc_done)
					state_next = STATE_DONE;
			STATE_DONE:
				if (resp_go)
					state_next = STATE_IDLE;
			default: state_next = 1'sbx;
		endcase
	end
	localparam a_x = 2'bxx;
	localparam a_ld = 2'd0;
	localparam a_b = 2'd1;
	localparam a_sub = 2'd2;
	localparam b_x = 1'bx;
	localparam b_ld = 1'd0;
	localparam b_a = 1'd1;
	task cs;
		input reg cs_recv_rdy;
		input reg cs_send_val;
		input reg [1:0] cs_a_mux_sel;
		input reg cs_a_reg_en;
		input reg cs_b_mux_sel;
		input reg cs_b_reg_en;
		begin
			recv_rdy = cs_recv_rdy;
			send_val = cs_send_val;
			a_reg_en = cs_a_reg_en;
			b_reg_en = cs_b_reg_en;
			a_mux_sel = cs_a_mux_sel;
			b_mux_sel = cs_b_mux_sel;
		end
	endtask
	wire do_swap;
	wire do_sub;
	assign do_swap = is_a_lt_b;
	assign do_sub = !is_b_zero;
	always @(*) begin
		cs(0, 0, a_x, 0, b_x, 0);
		case (state_reg)
			STATE_IDLE:
				cs(1, 0, a_ld, 1, b_ld, 1);
			STATE_CALC:
				if (do_swap)
					cs(0, 0, a_b, 1, b_a, 1);
				else if (do_sub)
					cs(0, 0, a_sub, 1, b_x, 0);
			STATE_DONE:
				cs(0, 1, a_x, 0, b_x, 0);
			default:
				cs(1'sbx, 1'sbx, a_x, 1'sbx, b_x, 1'sbx);
		endcase
	end
endmodule
module tut4_verilog_gcd_GcdUnitRTL (
	clk,
	reset,
	recv_val,
	recv_rdy,
	recv_msg,
	send_val,
	send_rdy,
	send_msg
);
	input wire clk;
	input wire reset;
	input wire recv_val;
	output wire recv_rdy;
	input wire [31:0] recv_msg;
	output wire send_val;
	input wire send_rdy;
	output wire [15:0] send_msg;
	wire a_reg_en;
	wire b_reg_en;
	wire [1:0] a_mux_sel;
	wire b_mux_sel;
	wire is_b_zero;
	wire is_a_lt_b;
	tut4_verilog_gcd_GcdUnitCtrl ctrl(
		.clk(clk),
		.reset(reset),
		.recv_val(recv_val),
		.recv_rdy(recv_rdy),
		.send_val(send_val),
		.send_rdy(send_rdy),
		.a_reg_en(a_reg_en),
		.b_reg_en(b_reg_en),
		.a_mux_sel(a_mux_sel),
		.b_mux_sel(b_mux_sel),
		.is_b_zero(is_b_zero),
		.is_a_lt_b(is_a_lt_b)
	);
	tut4_verilog_gcd_GcdUnitDpath dpath(
		.clk(clk),
		.reset(reset),
		.recv_msg(recv_msg),
		.send_msg(send_msg),
		.a_reg_en(a_reg_en),
		.b_reg_en(b_reg_en),
		.a_mux_sel(a_mux_sel),
		.b_mux_sel(b_mux_sel),
		.is_b_zero(is_b_zero),
		.is_a_lt_b(is_a_lt_b)
	);
	wire [4095:0] str;
	// vc_Trace vc_trace(
	// 	.clk(clk),
	// 	.reset(reset)
	// );
	// task line_trace;
	// 	output reg [4095:0] trace_str;
	// 	begin
	// 		$sformat(str, "%x:%x", recv_msg[31:16], recv_msg[15:0]);
	// 		vc_trace.append_val_rdy_str(trace_str, recv_val, recv_rdy, str);
	// 		vc_trace.append_str(trace_str, "(");
	// 		$sformat(str, "%x", dpath.a_reg_out);
	// 		vc_trace.append_str(trace_str, str);
	// 		vc_trace.append_str(trace_str, " ");
	// 		$sformat(str, "%x", dpath.b_reg_out);
	// 		vc_trace.append_str(trace_str, str);
	// 		vc_trace.append_str(trace_str, " ");
	// 		case (ctrl.state_reg)
	// 			ctrl.STATE_IDLE:
	// 				vc_trace.append_str(trace_str, "I ");
	// 			ctrl.STATE_CALC:
	// 				if (ctrl.do_swap)
	// 					vc_trace.append_str(trace_str, "Cs");
	// 				else if (ctrl.do_sub)
	// 					vc_trace.append_str(trace_str, "C-");
	// 				else
	// 					vc_trace.append_str(trace_str, "C ");
	// 			ctrl.STATE_DONE:
	// 				vc_trace.append_str(trace_str, "D ");
	// 			default:
	// 				vc_trace.append_str(trace_str, "? ");
	// 		endcase
	// 		vc_trace.append_str(trace_str, ")");
	// 		$sformat(str, "%x", send_msg);
	// 		vc_trace.append_val_rdy_str(trace_str, send_val, send_rdy, str);
	// 	end
	// endtask
	// task display_trace;
	// 	begin
	// 		if (vc_trace.level > 0) begin
	// 			vc_trace.storage[15:0] = vc_trace.nchars - 1;
	// 			line_trace(vc_trace.storage);
	// 			$write("%4d: ", vc_trace.cycles);
	// 			vc_trace.idx0 = vc_trace.storage[15:0];
	// 			for (vc_trace.idx1 = vc_trace.nchars - 1; vc_trace.idx1 > vc_trace.idx0; vc_trace.idx1 = vc_trace.idx1 - 1)
	// 				$write("%s", vc_trace.storage[vc_trace.idx1 * 8+:8]);
	// 			$write("\n");
	// 		end
	// 		vc_trace.cycles_next = vc_trace.cycles + 1;
	// 	end
	// endtask
endmodule
module tapeout_SPI_TapeOutBlockVRTL (
	clk,
	reset,
	loopthrough_sel,
	minion_parity,
	adapter_parity,
	spi_min_sclk,
	spi_min_cs,
	spi_min_mosi,
	spi_min_miso
);
	parameter nbits = 34;
	parameter num_entries = 5;
	input wire clk;
	input wire reset;
	input wire loopthrough_sel;
	output wire minion_parity;
	output wire adapter_parity;
	input wire spi_min_sclk;
	input wire spi_min_cs;
	input wire spi_min_mosi;
	output wire spi_min_miso;
	parameter packet_nbits = nbits - 2;
	parameter gcd_msg_size = packet_nbits / 2;
	wire send_val;
	wire [packet_nbits - 1:0] send_msg;
	wire send_rdy;
	wire recv_val;
	reg [packet_nbits - 1:0] recv_msg;
	wire [gcd_msg_size - 1:0] gcd_msg;
	wire recv_rdy;
	reg reset_presync;
	reg reset_sync;
	always @(posedge clk) begin
		reset_presync <= reset;
		reset_sync <= reset_presync;
	end
	SPI_v3_components_SPIstackVRTL #(
		.nbits(nbits),
		.num_entries(num_entries)
	) SPIstack(
		.clk(clk),
		.reset(reset_sync),
		.loopthrough_sel(loopthrough_sel),
		.minion_parity(minion_parity),
		.adapter_parity(adapter_parity),
		.sclk(spi_min_sclk),
		.cs(spi_min_cs),
		.mosi(spi_min_mosi),
		.miso(spi_min_miso),
		.send_val(send_val),
		.send_msg(send_msg),
		.send_rdy(send_rdy),
		.recv_val(recv_val),
		.recv_msg(recv_msg),
		.recv_rdy(recv_rdy)
	);
	always @(*) recv_msg = {{gcd_msg_size {gcd_msg[gcd_msg_size - 1]}}, gcd_msg};
	tut4_verilog_gcd_GcdUnitRTL GCD(
		.clk(clk),
		.reset(reset_sync),
		.recv_val(send_val),
		.recv_rdy(send_rdy),
		.recv_msg(send_msg),
		.send_val(recv_val),
		.send_rdy(recv_rdy),
		.send_msg(gcd_msg)
	);
endmodule
module tapeout_SPI_TapeOutBlockVRTL_sv2v (
	output adapter_parity,
	input clk,
	input loopthrough_sel,
	output minion_parity,
	input reset,
	input spi_min_cs,
	output spi_min_miso,
	input spi_min_mosi,
	input spi_min_sclk
);
	tapeout_SPI_TapeOutBlockVRTL #(
		.nbits(34),
		.num_entries(5)
	) v(
		.adapter_parity(adapter_parity),
		.clk(clk),
		.loopthrough_sel(loopthrough_sel),
		.minion_parity(minion_parity),
		.reset(reset),
		.spi_min_cs(spi_min_cs),
		.spi_min_miso(spi_min_miso),
		.spi_min_mosi(spi_min_mosi),
		.spi_min_sclk(spi_min_sclk)
	);
endmodule